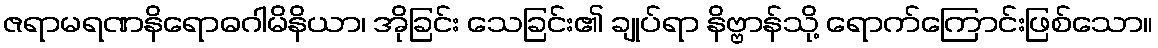
ဇရာမရဏနိရောဓဂါမိနိယာ၊ အိုခြင်း သေခြင်း၏ ချုပ်ရာ နိဗ္ဗာန်သို့ ရောက်ကြောင်းဖြစ်သော။